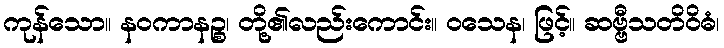
ကုန်သော။ နဝကာနဉ္စ၊ တို့၏လည်းကောင်း။ ဝသေန၊ ဖြင့်။ ဆဗ္ဗီသတိဝိဓံ၊